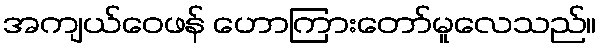
အကျယ်ဝေဖန် ဟောကြားတော်မူလေသည်။